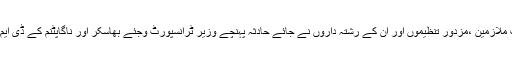
حادثہ کی وجہ سے مشتعل ٹرانسپورٹ ملازمین ،مزدور تنظیموں اور ان کے رشتہ داروں نے جائے حادثہ پہنچے وزیر ٹرانسپورٹ وجئے بھاسکر اور ناگاپٹنم کے ڈی ایم ڈاکٹر ایس سریش کمار کا گھیراؤ کیا۔